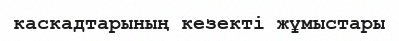
каскадтарының кезекті жұмыстары